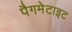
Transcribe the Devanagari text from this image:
पैगमेटाइट